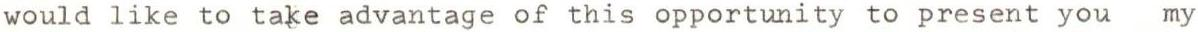
would like to take advantage of this opportunity to present you my